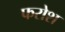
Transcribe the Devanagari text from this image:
फरोश